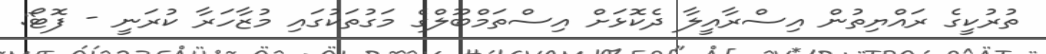
ތުރުކީގެ ރައްޔިތުން އިސްރާއީލާ ދެކޮޅަށް އިސްތަމްބޫލްގެ މަގުތަކުގައި މުޒާހަރާ ކުރަނީ - ފޮޓޯ: